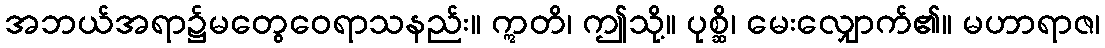
အဘယ်အရာ၌မတွေဝေရာသနည်း။ ဣတိ၊ ဤသို့။ ပုစ္ဆိ၊ မေးလျှောက်၏။ မဟာရာဇ၊